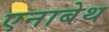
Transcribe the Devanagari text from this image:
एनाबेथ